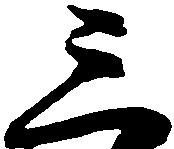
三